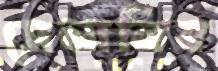
সেনানিব